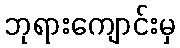
ဘုရားကျောင်းမှ